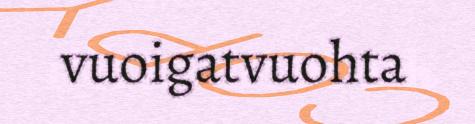
vuoigatvuohta